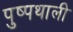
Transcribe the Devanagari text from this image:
पुष्पथाली